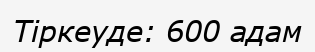
Тіркеуде: 600 адам